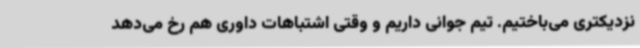
نزدیکتری می‌باختیم. تیم جوانی داریم و وقتی اشتباهات داوری هم رخ می‌دهد